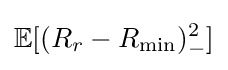
\mathbb {E} [(R_{r}-R_{\min })_{-}^{2}]